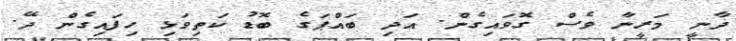
ދާނީ މަރީނާ ވެސް ގޮވައިގެން. އަދި ބައްޕަގެ ބޮޑު ކަތިވަޅި ހިފައިގެން ދޭ.